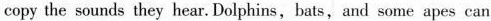
copy the sounds they hear. Dolphins, bats, and some apes can